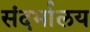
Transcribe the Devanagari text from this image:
संदर्भालय